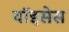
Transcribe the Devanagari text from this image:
वॉइसेस